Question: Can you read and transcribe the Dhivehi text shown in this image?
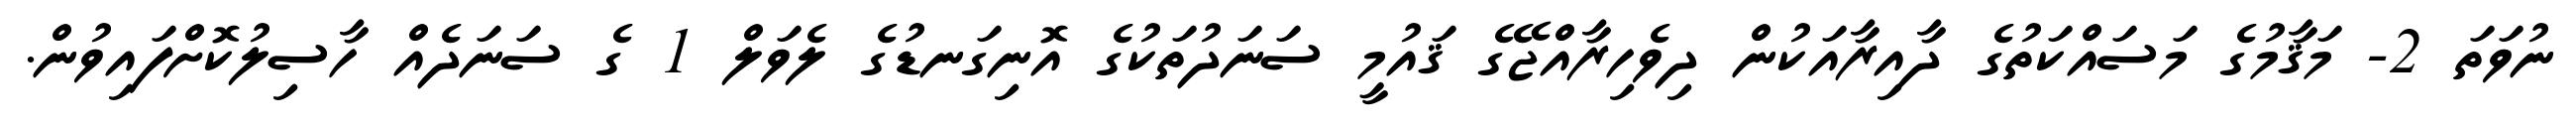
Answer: ނުވަތަ 2- މަޤާމުގެ މަސައްކަތުގެ ދާއިރާއަކުން ދިވެހިރާއްޖޭގެ ޤައުމީ ސަނަދުތަކުގެ އޮނިގަނޑުގެ ލެވަލް 1 ގެ ސަނަދެއް ހާސިލުކޮށްފައިވުން.